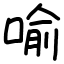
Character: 喻